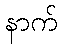
နာက်